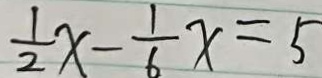
\frac { 1 } { 2 } x - \frac { 1 } { 6 } x = 5